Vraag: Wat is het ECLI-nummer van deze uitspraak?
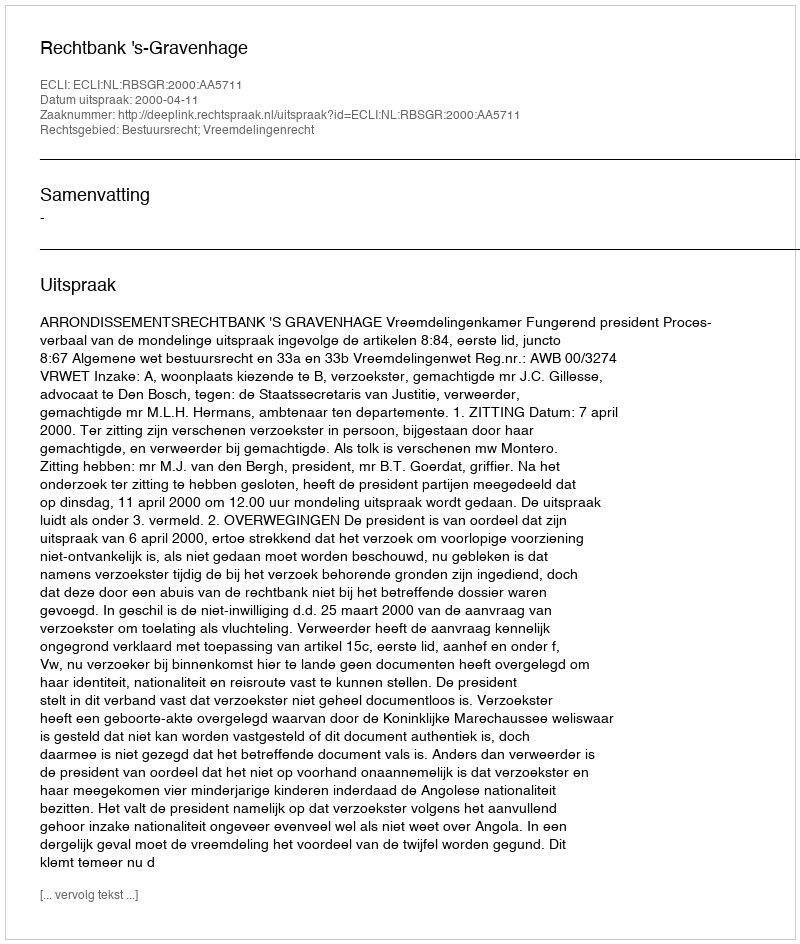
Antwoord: ECLI:NL:RBSGR:2000:AA5711